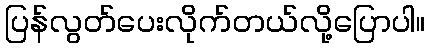
ပြန်လွတ်ပေးလိုက်တယ်လို့ပြောပါ။